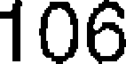
106